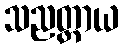
သညတ္တာယ